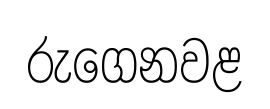
රුගෙනවළ